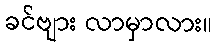
ခင်ဗျား လာမှာလား။